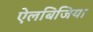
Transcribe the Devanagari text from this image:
ऐलबिजिया